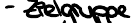
- Zielgruppe